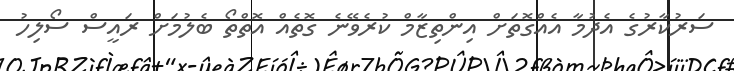
ސަރުކާރުގެ އެދުމާ އެއްގޮތަށް އިންތިޒާމް ކުރެވޭނެ ގޮތެއް އޮތްތޯ ބެލުމަށް ރައީސް ސޯލިހު